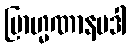
ဗြာဟ္မဏာနမဒါ